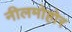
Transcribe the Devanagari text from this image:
नीलमोहोर